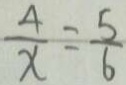
\frac { 4 } { x } = \frac { 5 } { 6 }